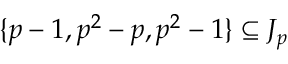
\{ p - 1 , p ^ { 2 } - p , p ^ { 2 } - 1 \} \subseteq J _ { p }